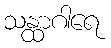
သန္ထာဂါရေ